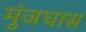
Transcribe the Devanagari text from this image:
मुंजघास